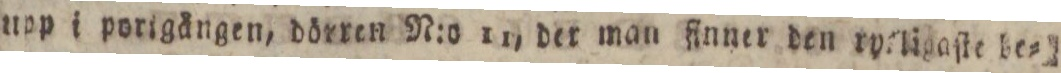
upp i porigången, dörren N:o 11, der man finner den rytligaſte be=